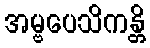
အမ္ဗပေသိကန္တိ